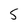
Character: 5